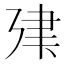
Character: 𢌤